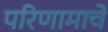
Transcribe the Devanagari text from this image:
परिणामाचे